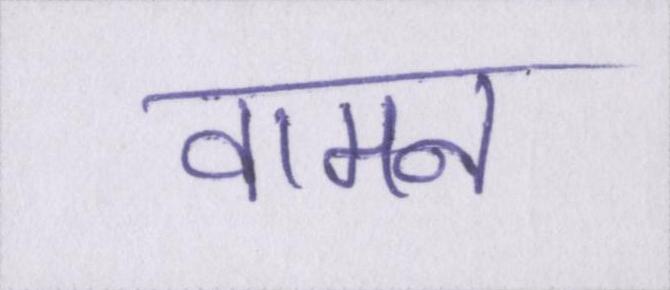
वामन